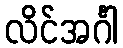
လိင်အင်္ဂါ